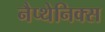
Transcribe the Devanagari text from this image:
नैप्थेनिक्स